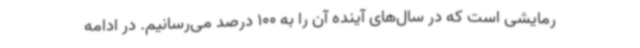
رمایشی است که در سال‌های آینده آن را به 100 درصد می‌رسانیم. در ادامه